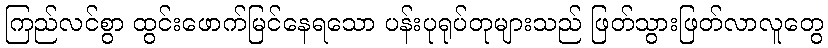
ကြည်လင်စွာ ထွင်းဖောက်မြင်နေရသော ပန်းပုရုပ်တုများသည် ဖြတ်သွားဖြတ်လာလူတွေ